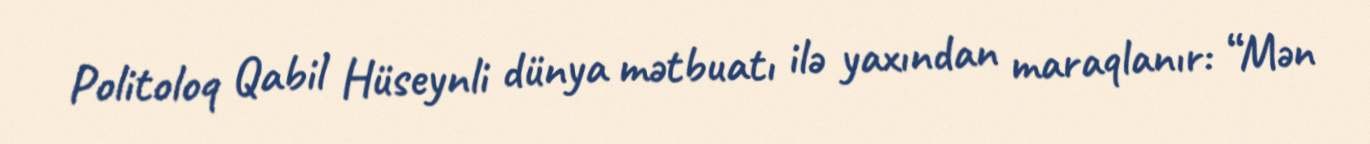
Politoloq Qabil Hüseynli dünya mətbuatı ilə yaxından maraqlanır: “Mən